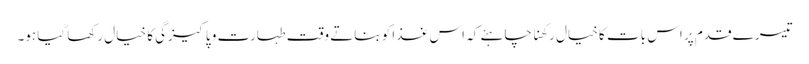
تیسرے قدم پر اس بات کا خیال رکھنا چاہئے کہ اس غذا کو بناتے وقت طہارت و پاکیزگی کا خیال رکھا گیا ہو۔